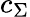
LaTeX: c_{\Sigma}